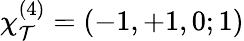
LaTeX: \chi_{\mathcal{T}}^{(4)}=(-1,+1,0;1)